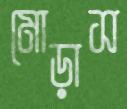
মোড়াস